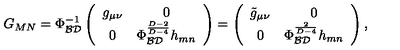
G _ { M N } = \Phi _ { \cal B D } ^ { - 1 } \left( \begin{array} { c c } { g _ { \mu \nu } } & { 0 } \\ { 0 } & { \Phi _ { \cal B D } ^ { \frac { D - 2 } { D - 4 } } h _ { m n } } \\ \end{array} \right) = \left( \begin{array} { c c } { \tilde { g } _ { \mu \nu } } & { 0 } \\ { 0 } & { \Phi _ { \cal B D } ^ { \frac { 2 } { D - 4 } } h _ { m n } } \\ \end{array} \right) ,